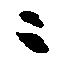
ニ